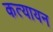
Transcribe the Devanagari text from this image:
कत्यायन